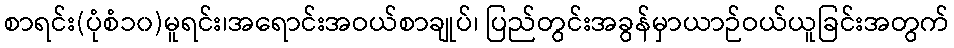
စာရင်း(ပုံစံ၁၀)မူရင်း၊အရောင်းအဝယ်စာချုပ်၊ ပြည်တွင်းအခွန်မှာယာဉ်ဝယ်ယူခြင်းအတွက်